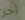
آخر